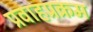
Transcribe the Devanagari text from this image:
प्रवाहप्रक्रम